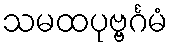
သမထပုဗ္ဗင်္ဂမံ